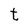
Character: t